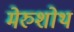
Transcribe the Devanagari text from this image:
मेरुशोथ